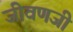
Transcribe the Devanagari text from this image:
जीवणजी